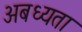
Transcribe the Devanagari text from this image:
अबध्यता